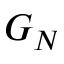
G _ { N }